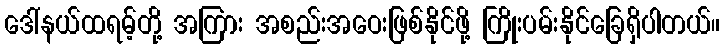
ဒေါ်နယ်ထရမ့်တို့ အကြား အစည်းအဝေးဖြစ်နိုင်ဖို့ ကြိုးပမ်းနိုင်ခြေရှိပါတယ်။